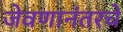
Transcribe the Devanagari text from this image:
जेवणानंतरचे